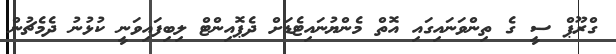
ގްރޫޕް ސީ ގެ ތިންވަނައިގައި އޮތް މެންޔުނައިޓެޑަށް ދެޕޮއިންޓް ލިބިފައިވަނީ ކުޅުނު ދެމެޗުން